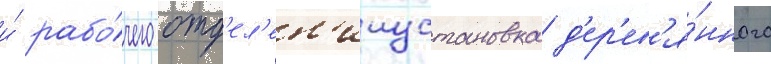
и́ рабо́чего отд'ел'ен'ииустановка д'ер'ев'я́нного